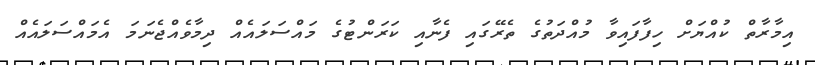
އިމާރާތް ކުއްޔަށް ހިފާފައިވާ މުއްދަތުގެ ތެރޭގައި ފެނާއި ކަރަންޓުގެ މައްސަލައެއް ދިމާވެއްޖެނަމަ އެމައްސަލައެއް